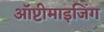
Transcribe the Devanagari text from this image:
ऑप्टीमाइजिंग